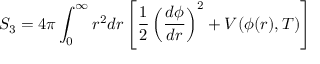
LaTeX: S _ { 3 } = 4 \pi \int _ { 0 } ^ { \infty } r ^ { 2 } d r \left[ \frac { 1 } { 2 } \left( \frac { d \phi } { d r } \right) ^ { 2 } + V ( \phi ( r ) , T ) \right]